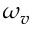
\omega _ { v }